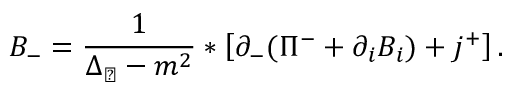
B _ { - } = \frac { 1 } { \Delta _ { \perp } - m ^ { 2 } } * \left[ \partial _ { - } ( \Pi ^ { - } + \partial _ { i } B _ { i } ) + j ^ { + } \right] .